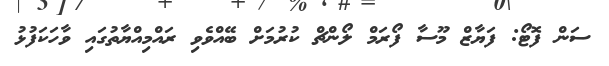
ސަން ފޮޓޯ: ފަޔާޒް މޫސާ ފޯރަމް ލޯންޗް ކުރުމަށް ބޭއްވެވި ރައްމިއްޔާތުގައި ވާހަކަފުޅު